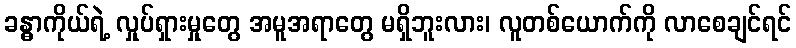
ခန္ဓာကိုယ်ရဲ့ လှုပ်ရှားမှုတွေ အမူအရာတွေ မရှိဘူးလား၊ လူတစ်ယောက်ကို လာစေချင်ရင်